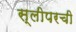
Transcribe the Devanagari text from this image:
स्लीपरची